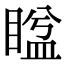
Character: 𥈕